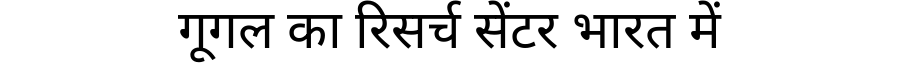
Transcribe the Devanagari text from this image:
गूगल का रिसर्च सेंटर भारत में